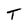
Character: T